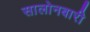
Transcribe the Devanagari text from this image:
सालोनबारी